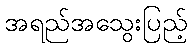
အရည်အသွေးပြည့်